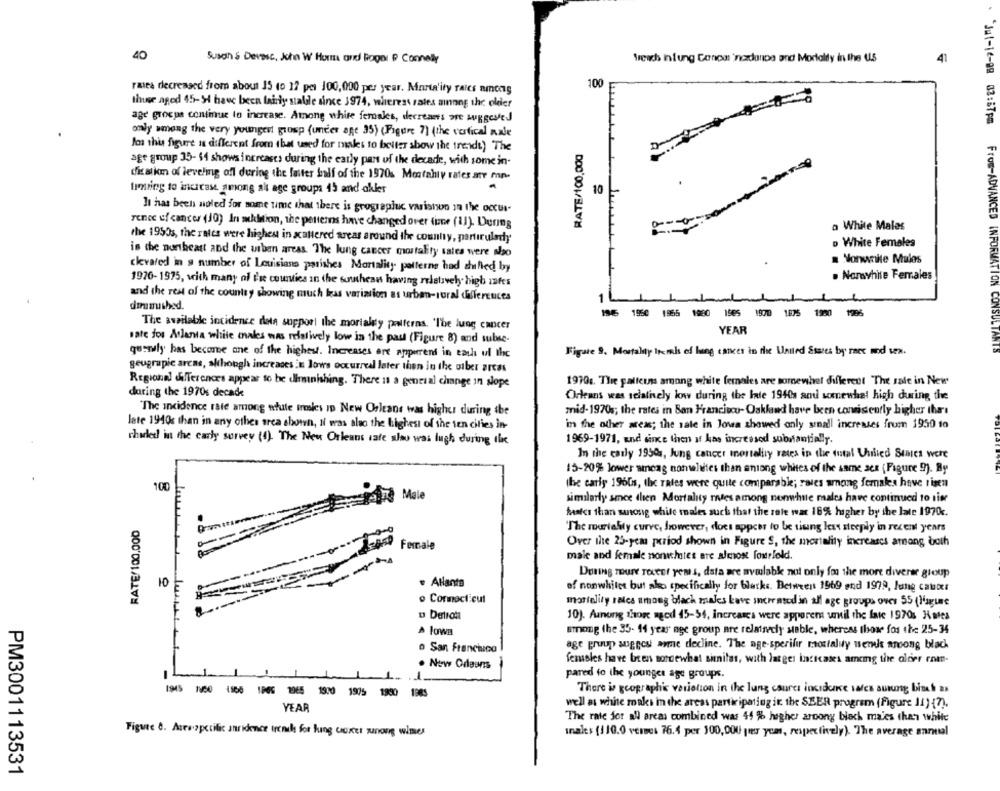
40
Susan & Devesc, John W Hor and Rogal & Connely
Wreach inlung Conoa 'nadance and Mortality in the US
41
100
raies decreased from about 15 (o 12 per 100,000 per year. Marta'ity rates among
thuse aged 45-54 have been fairly staldle since 1974, wireress sales among the older
age grocje continue to increase. Among white females, decreams ore suggested
only among the very youngest group (under age 35) (Figure 7) (the vertical nade
Jos this figure is different from that used for males to belter show the trende) The
RATE/100.000
age group 35- $4 shows increases during the carly pan of the decade, with some in-
this alkm of leveling off during the latter half of the 1970s Mofahly rates are mn.
timing to incicase among all age groups 15 and akler
10
It has bech noled for some ume that there is grogrepluc variation In the occur-
rence of cancer (J0) In mkhtion, the pentemns have changed over fine (11). During
a White Males
the 1950s, the rates were highest in scattered areas around the county, partirulady
D White Females
is the northeast and the urban areas. The lung cancer mortality sales were shoo
. Nonwrite Mulos
cleared in a number of Louisiana parishes Mortality patterne had studied by
. Nonsyhite Females
1970- 1975, weich many of d'se counties in the southean having relatively high afes
and the rest of the country showing much less variation as urban-rural differences
dimmished.
19/5 1960 1855 1980 1985 1900 1875 1980 1986
The available incidence data support the mortality patterns. 'The lung cancer
YEAR
sate fos Atlanta white males was relatively low in the paul (Figure 8) and subse-
Jul-16-09 03:57pm From-ADVANCED INFORMATION CONSULTANTO
quemely has become one of the highest. Increases are apperent in each of the
Figate 9. Mortality Itemhs ed lung cancer in the United States by rnes and sex.
geugrapic arcas, akhough increases in lows occurreal later then in the other areas
1970 :. The paliers among white females are somewhel different The sale in New
Regional differences appear to be diminishing. There is a general change in slope
during the 1970s decade
Orleans was relatively low during the Inte 1940s and somewhat high during the
The incidence rate among white irmles ID New Orleans was higher during the
mid-1970s; the rates in San Francisco- Oakland have been consistently higher the
late 1940 than in any other area shown, Il was also the highest of the ten cities in-
in the other areas; the rate in Jowa showed only sonall increases frum 1950 to
shaded in the early survey (1). The New Orleans cate also was lugh during the
1969-1971, and since then af has increased substantially.
In the carly 1950s, Jung cancer mortality rates in the total United States Were
15-20% lower waneag nonwelites than anlong whites of the same sex (Figure 9). By
100
the carly 1960s, the rates were quite comparable; rales among females have risen
lin Male
similarly smee then Mortality rates among nonwhile males have continued to time
faster than sanong while males such that the role war 16% higher by the late 1970c.
RATE/100.000
-
"The mariasty curve, However, does appear to be tising less steeply in recent years
Female
Over the 25-year period shown in Figure S, the mortality increases among both
male and female nonwhotes are almost fourfeld.
During Toure roceEt yem s, data are avwlabk not only for the more diverer group
10
· Allanta
of nonwhites but also specifically for blocks. Between 1969 and 1979, Jung cauxr
o Connecticut
marielity rates among black makes have increased in all age groups over 55 (linguae
10). Aunong show aged 45-54, increases were apporem until the late 1970; Rates
^ lowa
among the 35- 14 year age group are relatavedly stable, whereas those for the 25-34
o San Francisco
age group suggest aime decline. The age-sperifir mostaliy wens aroong blach
. New Orleans
Temasles have been sorcewhat simitas, with lages indicates ameg the oloer rom-
pared to the younger age groups.
There is geographic variation in the lung caures incidence vales autung bisch as
I915 100 1100 1066 1965 1900 1975 1980 1985
well as white makes in the areas participating in the SEER program (Figure 11) (7).
YEAR
The rate for all areas combined was 44 % higher aroong black maies than white
Figure &. Asrazpctilic annidence trench for lung cancer znong wines
Inales (110.0 vermes 76.4 per 100,000 per year, respectively). The average annual
PM3001113531